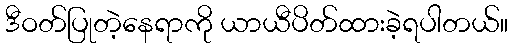
ဒီဝတ်ပြုတဲ့နေရာကို ယာယီပိတ်ထားခဲ့ရပါတယ်။